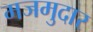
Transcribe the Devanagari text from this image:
मजमुदार